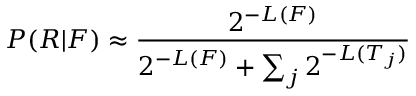
P ( R | F ) \approx { \frac { 2 ^ { - L ( F ) } } { 2 ^ { - L ( F ) } + \sum _ { j } { 2 ^ { - L ( T _ { j } ) } } } }